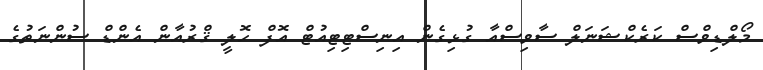
މޯލްޑިވްސް ކަރެކްޝަނަލް ސާވިސްއާ ގުޅިގެން އިނިސްޓިޓިއުޓް އޮފް ހޮލީ ޤްރުއާން އެންޑް ސުންނަތުގެ